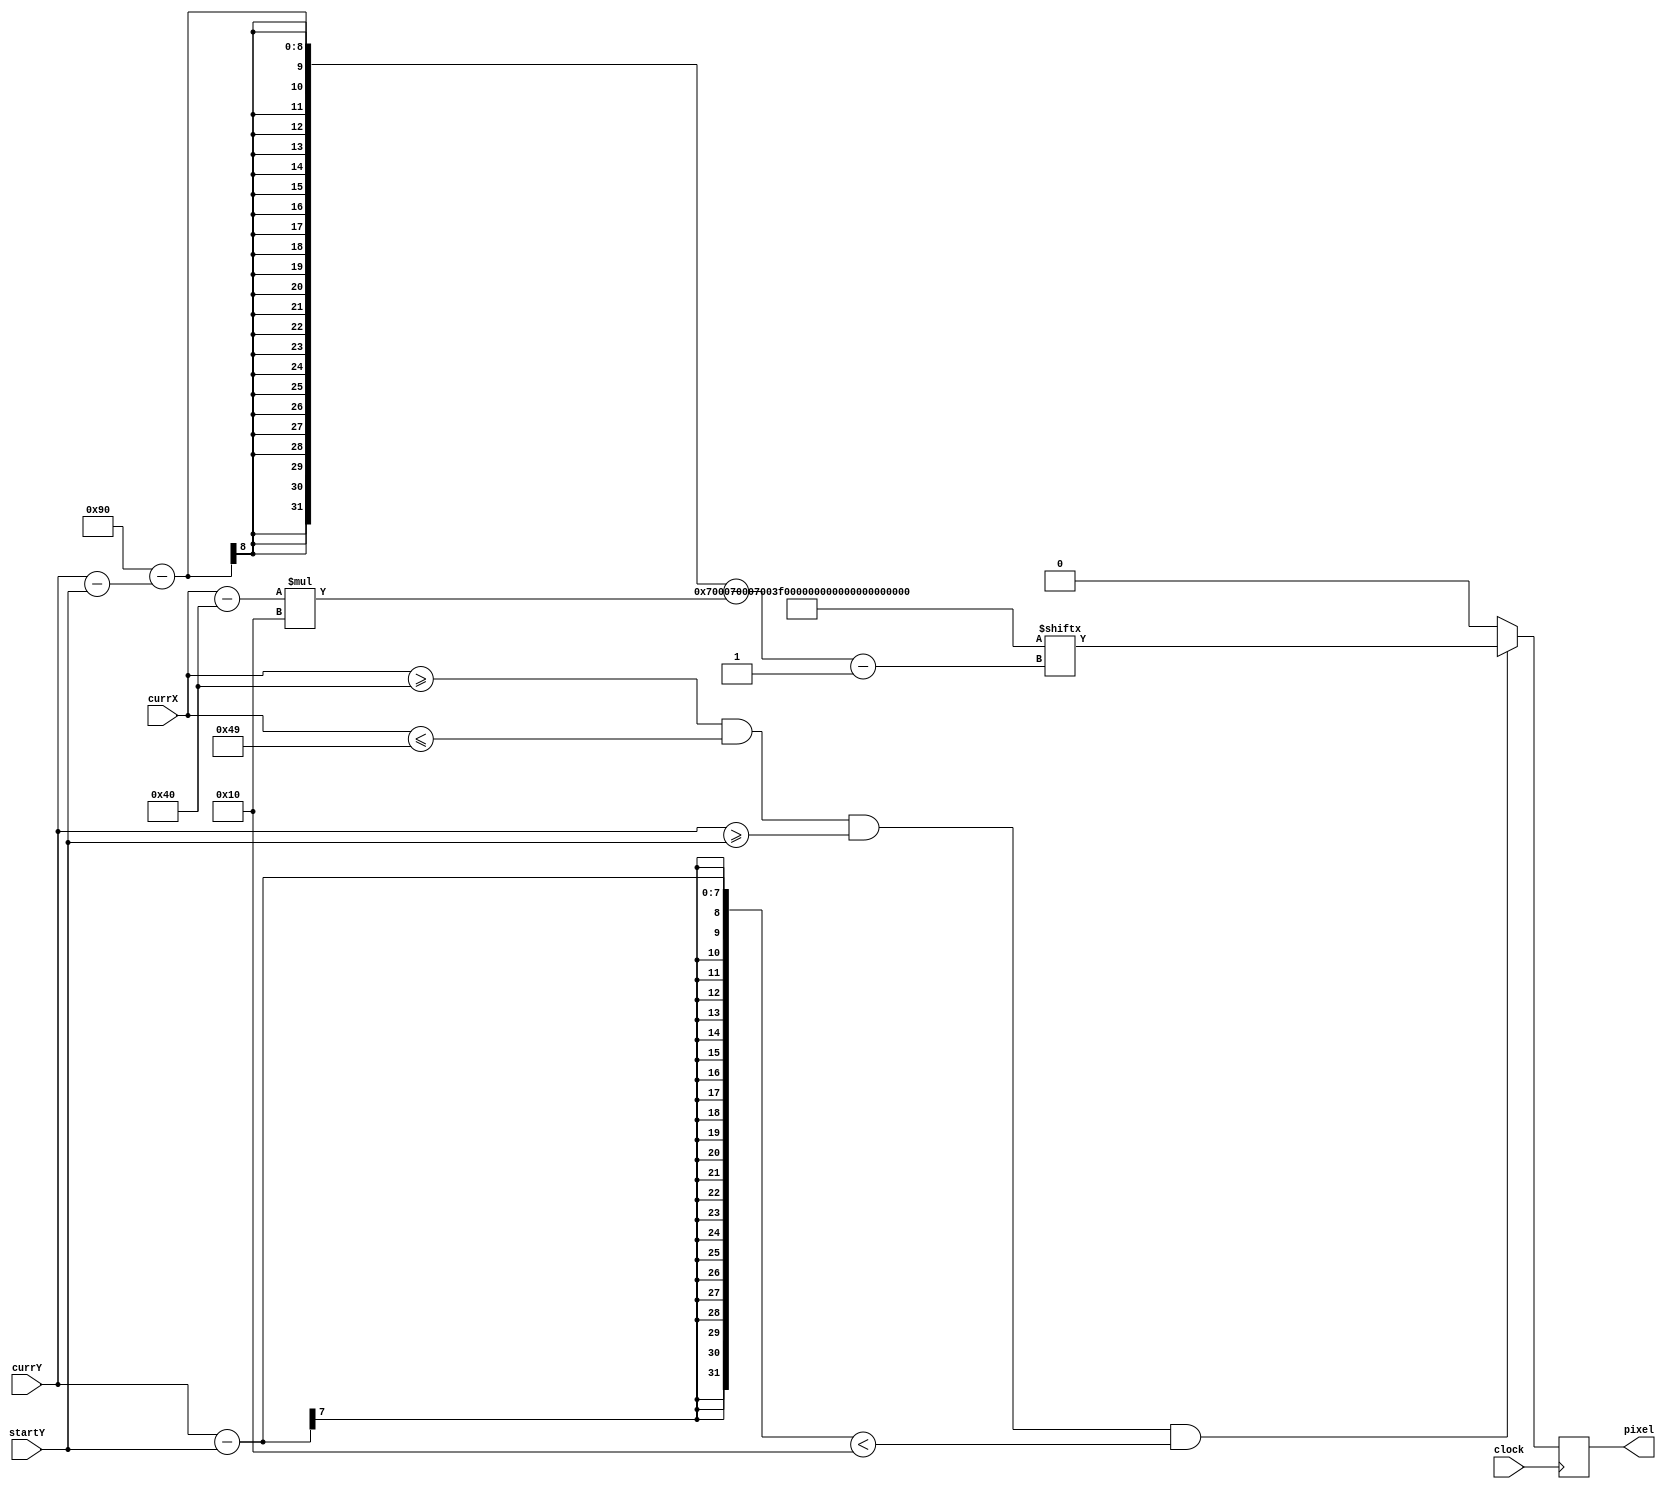
`timescale 1ns / 1ps
//////////////////////////////////////////////////////////////////////////////////
// Company: 
// Engineer: 
// 
// Design Name: 
// Module Name: next_T
// Project Name: 
// Target Devices: 
// Tool Versions: 
// Description: 
// 
// Dependencies: 
// 
// Revision:
// Revision 0.01 - File Created
// Additional Comments:
// 
//////////////////////////////////////////////////////////////////////////////////


module next_T(input clock, input [6:0] currX, currY, startY, output reg pixel);
    parameter STARTX = 64, ENDX = 73, LOGO_HEIGHT = 16;
    reg [6:0] index = 0, row = 0;
    wire [144:1] logo;
    assign logo = 144'h00700070007003F003F003F0007000700070;
    always @ (posedge clock) begin
        if(currX >= STARTX && currX <= ENDX && currY >= startY && (currY - startY) < LOGO_HEIGHT) begin
            row = currY - startY; index = currX - STARTX;
            pixel = logo[144 - row - index*LOGO_HEIGHT];
        end
        else begin pixel = 0; row = 0; index = 0; end
    end
endmodule